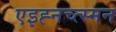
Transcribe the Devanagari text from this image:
एइह्नच्त्स्मन